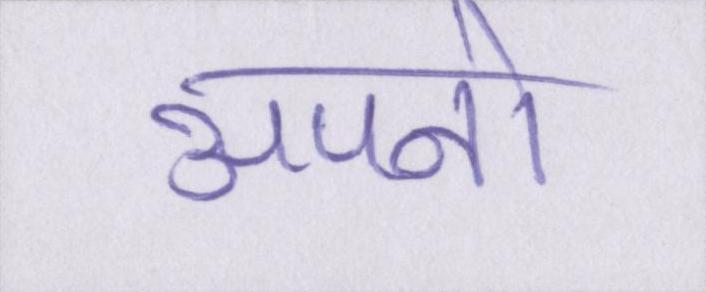
अपनो